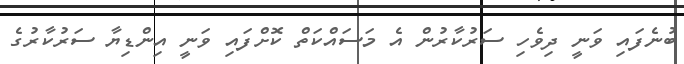
ބުނެފައި ވަނީ ދިވެހި ސަރުކާރުން އެ މަސައްކަތް ކޮށްފައި ވަނީ އިންޑިޔާ ސަރުކާރުގެ